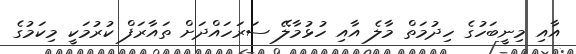
އާއި މިނީބަހުގެ ހިދުމަތް މާލެ އާއި ހުޅުމާލޭ ސަރަހައްދަށް ތައާރަފް ކުރުމަކީ މިކަމުގެ